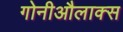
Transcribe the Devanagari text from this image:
गोनीऔलाक्स